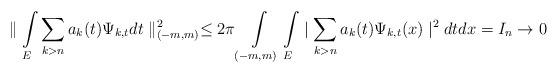
LaTeX: \begin{align*}\parallel\int\limits_{E}\sum_{k>n}a_{k}(t)\Psi_{k,t}dt\parallel_{(-m,m)}^{2}\leq2\pi\int\limits_{(-m,m)}\int\limits_{E}\mid\sum_{k>n}a_{k}(t)\Psi_{k,t}(x)\mid^{2}dtdx=I_{n}\rightarrow0\end{align*}